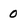
Character: 0